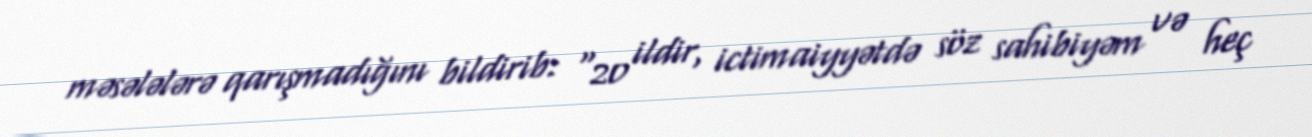
məsələlərə qarışmadığını bildirib: “20 ildir, ictimaiyyətdə söz sahibiyəm və heç